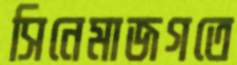
সিনেমাজগতে